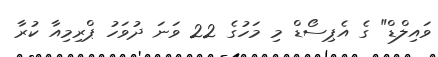
ވައިލްޑް" ގެ އެޕިސޯޑް މި މަހުގެ 22 ވަަނަ ދުވަހު ޕްރިމިއާ ކުރާ